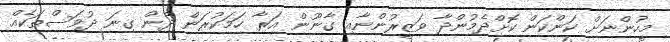
މީހުންނަށް ކަންކަން ކޮށްދެމުންދާ ވަޒީރުންނާއި ގާނޫން އަރާ ހަމަކުރަން ދެން ގިނަ ދުވަސްތަކެއް